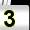
Digit: 3